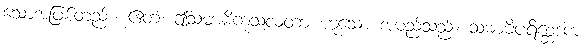
သောအဖြစ်တည်း။ ဧတံ၊ ဤသမာဓိကုသလတာ ဟူသော အမည်သည်။ သမာဓိပရိစ္ဆေဒက